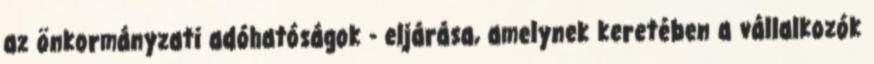
az önkormányzati adóhatóságok - eljárása, amelynek keretében a vállalkozók